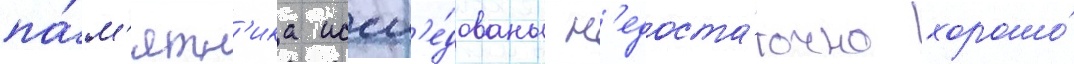
па́м'ятн'ика иссл'е́дованы н'едоста́точно хорошо́